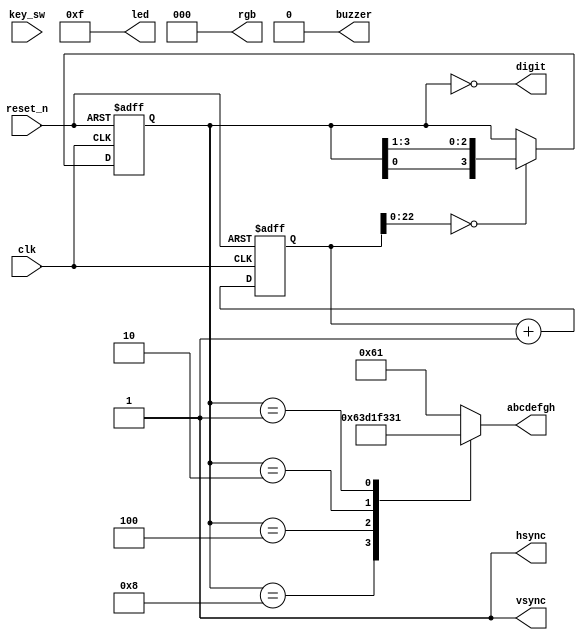
module top
(
    input        clk,
    input        reset_n,
    
    input  [3:0] key_sw,
    output [3:0] led,

    output [7:0] abcdefgh,
    output [3:0] digit,

    output       buzzer,

    output       hsync,
    output       vsync,
    output [2:0] rgb
);

    wire reset = ~ reset_n;

    assign led    = 4'hf;
    assign buzzer = 1'b0;
    assign hsync  = 1'b1;
    assign vsync  = 1'b1;
    assign rgb    = 3'b0;
    
    //------------------------------------------------------------------------

    reg [31:0] cnt;
    
    always @ (posedge clk or posedge reset)
      if (reset)
        cnt <= 32'b0;
      else
        cnt <= cnt + 32'b1;
        
    wire enable = (cnt [22:0] == 23'b0);

    //------------------------------------------------------------------------

    reg [3:0] shift_reg;
    
    always @ (posedge clk or posedge reset)
      if (reset)
        shift_reg <= 4'b0001;
      else if (enable)
        shift_reg <= { shift_reg [0], shift_reg [3:1] };

    //------------------------------------------------------------------------

    //   --a--
    //  |     |
    //  f     b
    //  |     |
    //   --g--
    //  |     |
    //  e     c
    //  |     |
    //   --d--  h
    //
    //  0 means light

    parameter [7:0] C = 8'b01100011,
                    E = 8'b01100001,
                    h = 8'b11010001,
                    I = 8'b11110011,
                    P = 8'b00110001;

    reg [7:0] letter;
    
    always @*
      case (shift_reg)
      4'b1000: letter = C;
      4'b0100: letter = h;
      4'b0010: letter = I;
      4'b0001: letter = P;
      default: letter = E;
      endcase

    assign abcdefgh = letter;
    assign digit    = ~ shift_reg;

    // Exercise 1: Increase the frequency of enable signal
    // to the level your eyes see the letters as a solid word
    // without any blinking. What is the threshold of such frequency?

    // Exercise 2: Put your name or another word to the display.

    // Exercise 3: Comment out the "default" clause from the "case" statement
    // in the "always" block,and re-synthesize the example.
    // Are you getting any warnings or errors? Try to explain why.

endmodule